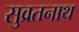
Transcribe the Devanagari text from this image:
सुव्रतनाथ